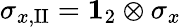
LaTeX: \sigma_{x,\mathrm{II}}={\mathbf 1}_{2}\otimes\sigma_{x}